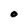
Character: O